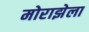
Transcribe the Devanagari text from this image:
मोराझेला